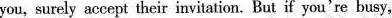
you,surely accept their invitation. But if you're busy,